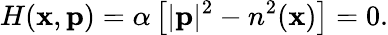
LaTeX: H(\mathbf{x},\mathbf{p})=\alpha\left[|\mathbf{p}|^{2}-n^{2}(\mathbf{x})\right]=0.